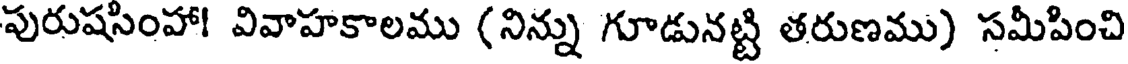
పురుషసింహా! వివాహకాలము (నిన్ను గూడునట్టి తరుణము) సమీపించి